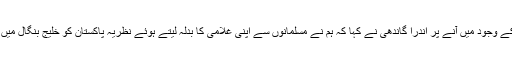
بنگلہ دیش کے وجود میں آنے پر اندرا گاندھی نے کہا کہ ہم نے مسلمانوں سے اپنی غلامی کا بدلہ لیتے ہوئے نظریہ پاکستان کو خلیج بنگال میں ڈبو دیا ہے۔